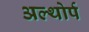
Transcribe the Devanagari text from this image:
अल्थोर्प